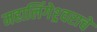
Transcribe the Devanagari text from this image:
महालिंगेश्र्वराचे